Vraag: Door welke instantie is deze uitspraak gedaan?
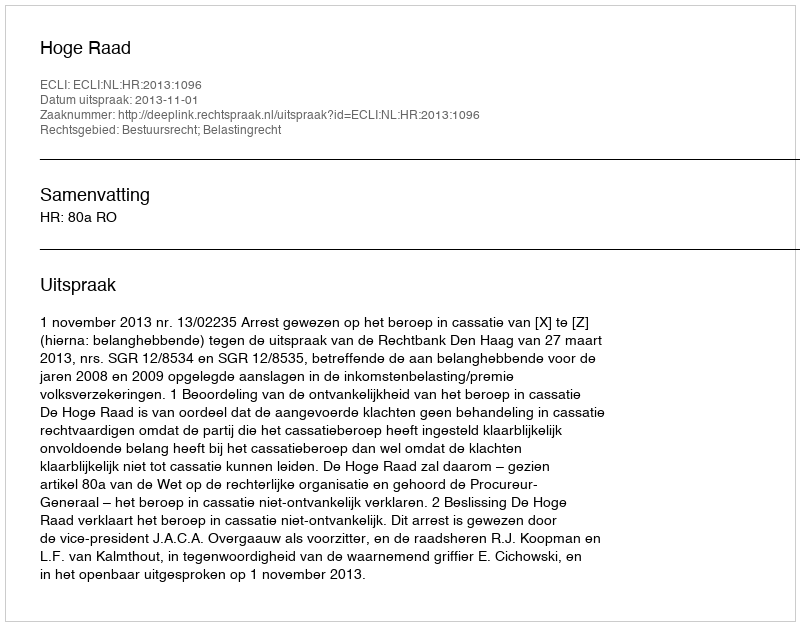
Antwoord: Hoge Raad